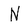
Character: N